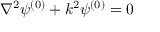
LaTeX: \nabla ^ { 2 } \psi ^ { ( 0 ) } + k ^ { 2 } \psi ^ { ( 0 ) } = 0